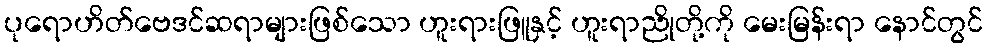
ပုရောဟိတ်ဗေဒင်ဆရာများဖြစ်သော ဟူးရားဖြူနှင့် ဟူးရာညိုတို့ကို မေးမြန်းရာ နောင်တွင်